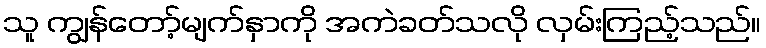
သူ ကျွန်တော့်မျက်နှာကို အကဲခတ်သလို လှမ်းကြည့်သည်။